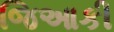
જિઆકી